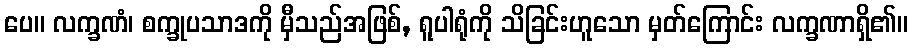
ပေ။ လက္ခဏံ၊ စက္ခုပသာဒကို မှီသည်အဖြစ်, ရူပါရုံကို သိခြင်းဟူသော မှတ်ကြောင်း လက္ခဏာရှိ၏။